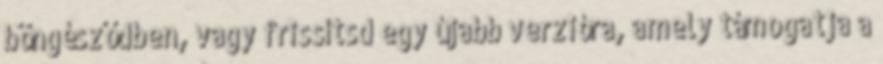
böngésződben, vagy frissítsd egy újabb verzióra, amely támogatja a